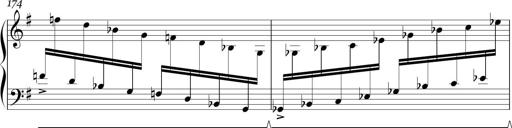
Title: Sonatina in E minor
Composer: Shuwen Zhang
Key: E minor